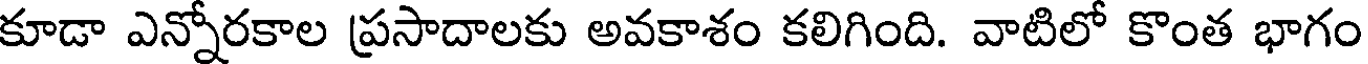
కూడా ఎన్నోరకాల ప్రసాదాలకు అవకాశం కలిగింది. వాటిలో కొంత భాగం